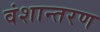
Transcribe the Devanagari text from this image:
वंशान्तरण